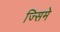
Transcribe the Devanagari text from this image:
ज्सिमे